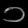
Digit: ၁